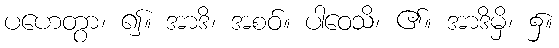
ပဟေတွာ၊ ၍။ အာဒိ၊ အစဝ်။ ပါဝေသိ၊ ၏။ အာဒိမှိ၊ ၌။